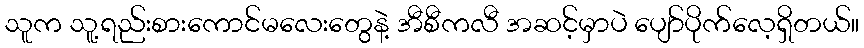
သူက သူ့ရည်းစားကောင်မလေးတွေနဲ့ အီစီကလီ အဆင့်မှာပဲ ပျော်ပိုက်လေ့ရှိတယ်။